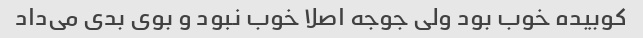
کوبیده خوب بود ولی جوجه اصلا خوب نبود و بوی بدی می‌داد